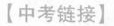
【中考链接】